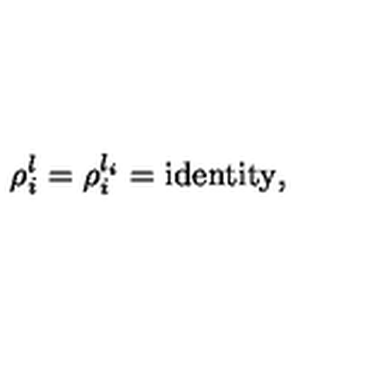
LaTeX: \rho _ { i } ^ { l } = \rho _ { i } ^ { l _ { i } } = \mathrm { i d e n t i t y } ,